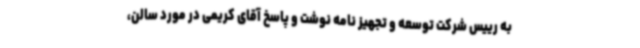
به رییس شرکت توسعه و تجهیز نامه نوشت و پاسخ آقای کریمی در مورد سالن،